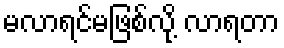
မလာရင်မဖြစ်လို့ လာရတာ